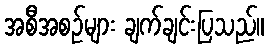
အစီအစဉ်များ ချက်ချင်းပြသည်။